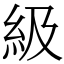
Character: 級